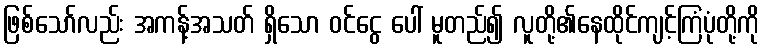
ဖြစ်သော်လည်း အကန့်အသတ် ရှိသော ဝင်ငွေ ပေါ် မူတည်၍ လူတို့၏နေထိုင်ကျင့်ကြံပုံတို့ကို